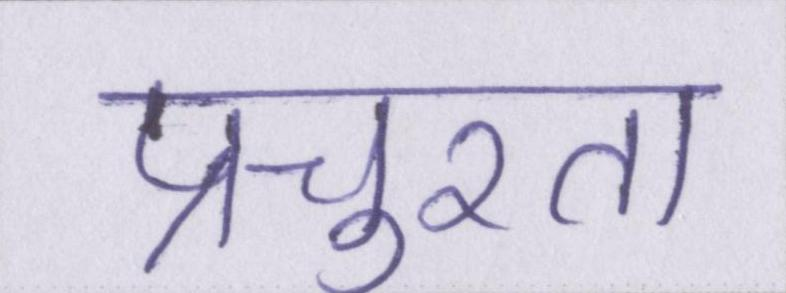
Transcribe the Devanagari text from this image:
प्रचुरता